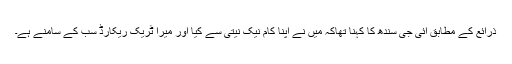
ذرائع کے مطابق آئی جی سندھ کا کہنا تھاکہ میں نے اپنا کام نیک نیتی سے کیا اور میرا ٹریک ریکارڈ سب کے سامنے ہے۔